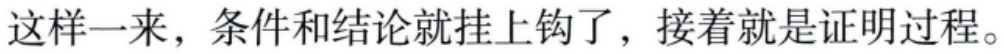
这样一来，条件和结论就挂上钩了，接着就是证明过程。